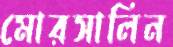
মোরসালিন